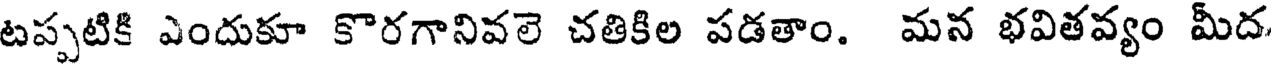
టప్పటికి ఎందుకూ కొరగానివలె చతికిల పడతాం. మన భవితవ్యం మీద